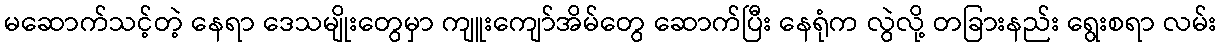
မဆောက်သင့်တဲ့ နေရာ ဒေသမျိုးတွေမှာ ကျူးကျော်အိမ်တွေ ဆောက်ပြီး နေရုံက လွဲလို့ တခြားနည်း ရွေးစရာ လမ်း